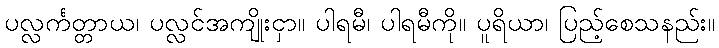
ပလ္လင်္ကတ္တာယ၊ ပလ္လင်အကျိုးငှာ။ ပါရမီ၊ ပါရမီကို။ ပူရိယာ၊ ပြည့်စေသနည်း။